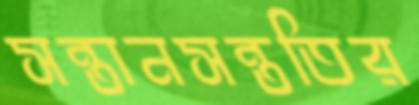
সন্তানসন্ততির